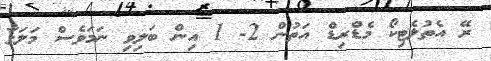
ރޭ އެތުލެޓިކޯ މެޑްރިޑް އަތުން 2- 1 އިން ބަލިވި ނަމަވެސް މަލަގާ